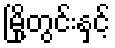
မြို့တွင်းနှင့်